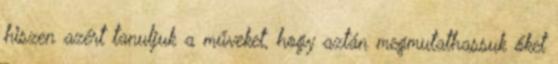
hiszen azért tanuljuk a műveket, hogy aztán megmutathassuk őket